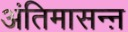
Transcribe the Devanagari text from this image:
अंतिमासन्ऩ